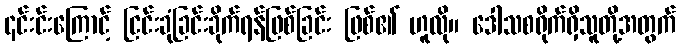
၎င်းင်းကြောင့် ငြင်းခုံခြင်းခိုက်ရန်ဖြစ်ခြင်း ဖြစ်၏ ဟူလို။ ဒေါသစရိုက်ရှိသူတို့အတွက်